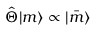
\hat { \Theta } | m \rangle \propto | \bar { m } \rangle